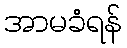
အာမခံရန်